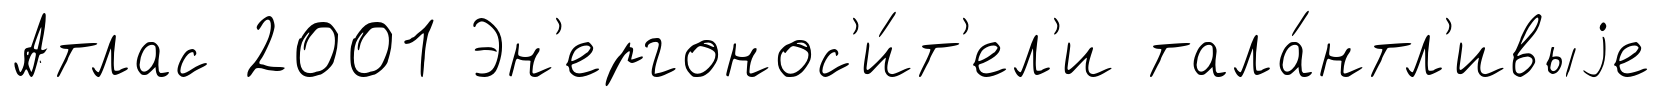
Атлас 2001 Эн'ергонос'и́т'ел'и тала́нтл'ивыjе